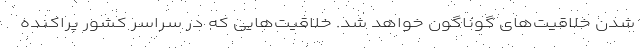
شدن خلاقیت‌های گوناگون خواهد شد. خلاقیت‌هایی که در سراسر کشور پراکنده